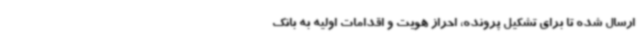
ارسال شده تا برای تشکیل پرونده، احراز هویت و اقدامات اولیه به بانک